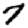
Digit: 7